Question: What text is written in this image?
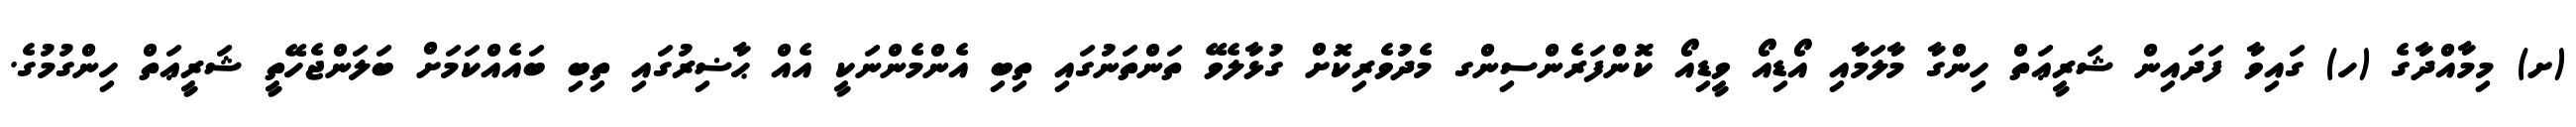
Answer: (ށ) މިމާއްދާގެ (ހ) ގައިވާ ފަދައިން ޝަރީޢަތް ހިންގާ މާލަމާއި އޯޑިއޯ ވީޑިއޯ ކޮންފަރެންސިންގ މެދުވެރިކޮށް ގުޅާލެވޭ ތަންތަނުގައި ތިބި އެންމެންނަކީ އެއް ޙާޟިރުގައި ތިބި ބައެއްކަމަށް ބަލަންޖެހޭތީ ޝަރީޢަތް ހިންގުމުގެ.